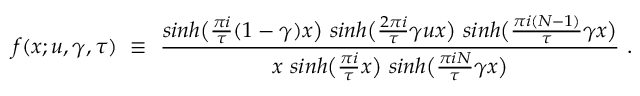
f ( x ; u , \gamma , \tau ) ~ \equiv ~ { \frac { s i n h \big ( { \frac { \pi i } { \tau } } ( 1 - \gamma ) x \big ) ~ s i n h \big ( { \frac { 2 \pi i } { \tau } } \gamma u x \big ) ~ s i n h \big ( { \frac { \pi i ( N - 1 ) } { \tau } } \gamma x \big ) } { x ~ s i n h \big ( { \frac { \pi i } { \tau } } x \big ) ~ s i n h \big ( { \frac { \pi i N } { \tau } } \gamma x \big ) } } \ .